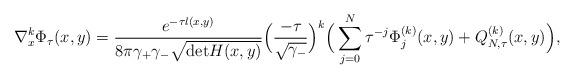
LaTeX: \begin{align*}\nabla_x^k\Phi_\tau(x, y) = \frac{{e}^{-{\tau}l(x, y)}}{8\pi\gamma_+\gamma_-\sqrt{{\rm det}H(x, y)}}\Big(\frac{-\tau}{\sqrt{\gamma_-}}\Big)^k\Big(\sum_{j = 0}^{N}{\tau^{-j}}\Phi_{j}^{(k)}(x, y) + Q_{N, \tau}^{(k)}(x, y)\Big), \end{align*}